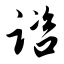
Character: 谘